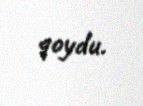
qoydu.